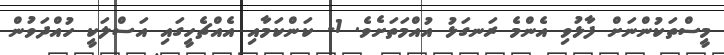
މީސްތަކުންނަށް ފާޅުވި އެންމެ ރަނގަޅު އުއްމަތަށެވެ. 1- ކަންކަމާއި އެއްޗެހީގައި އަސްލަކީ ހުއްދަވުން